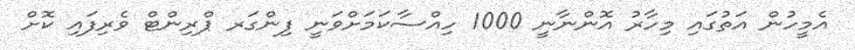
އެމީހުން އަތުގައި މިހާރު އޮންނާނީ 1000 ހިއްސާކަމަށްވަނީ ފިންގަރ ޕްރިންޓް ވެރިފައި ކޮށް